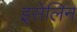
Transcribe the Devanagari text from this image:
इसेलिन